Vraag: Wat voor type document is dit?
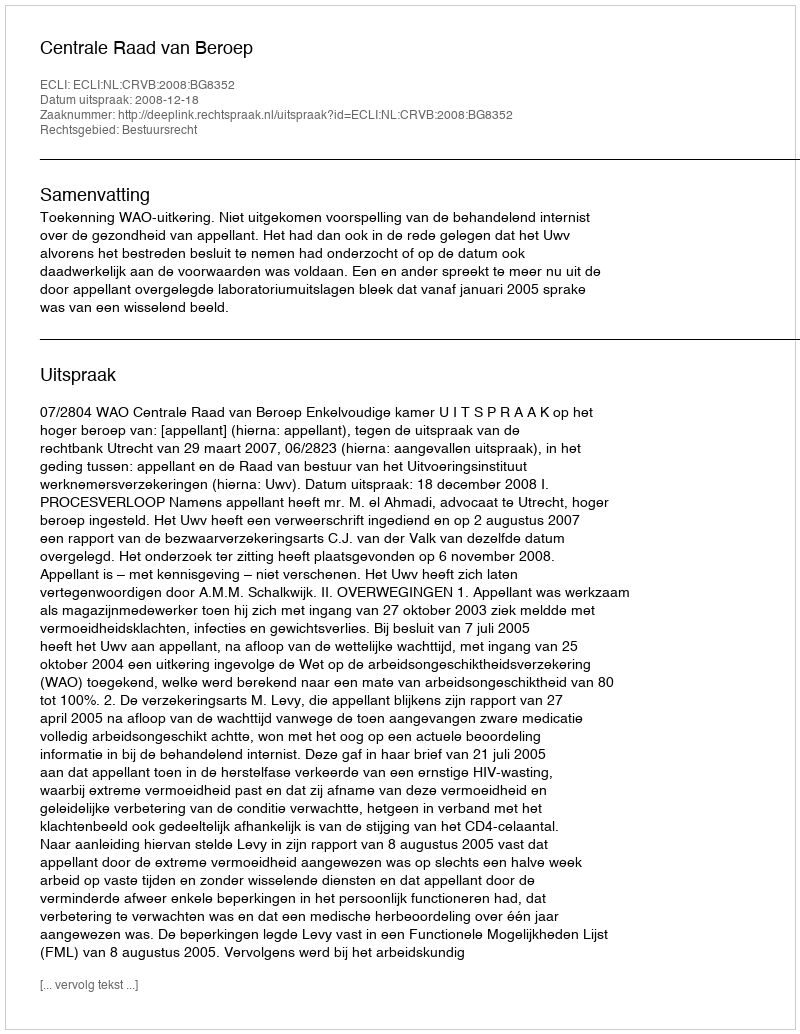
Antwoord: Uitspraak